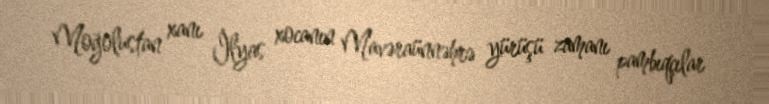
Moğolustan xanı İlyas xocanın Mavəraünnəhrə yürüşü zamanı pambıqçılar